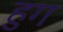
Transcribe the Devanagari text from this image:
हुग